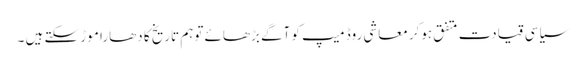
سیاسی قیادت متفق ہوکر معاشی روڈ میپ کو آگے بڑھائے توہم تاریخ کا دھارا موڑ سکتے ہیں ۔